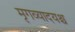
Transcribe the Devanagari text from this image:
मृगव्यादयश्च